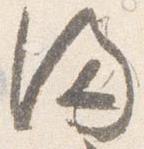
満